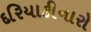
દરિયાકીનારો